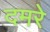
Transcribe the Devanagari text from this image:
दमरे